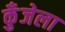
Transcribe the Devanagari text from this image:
कुँजेला